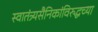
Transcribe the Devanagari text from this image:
स्वातंत्र्यसैनिकांविरुद्धच्या